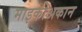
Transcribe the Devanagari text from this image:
माइकोअकान